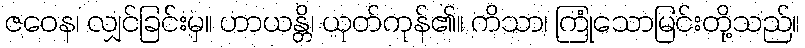
ဇဝေန၊ လျှင်ခြင်းမှ။ ဟာယန္တိ၊ ယုတ်ကုန်၏။ ကိသာ၊ ကြုံသောမြင်းတို့သည်။